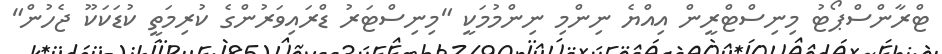
ޓްރާންސްޕޯޓު މިނިސްޓްރީން އިއްޔެ ނިންމި ނިންމުމަކީ "މިނިސްޓަރު ޑްރައިވަރުންގެ ކުރިމަތީ ކުޑަކަކޫ ޖެހުން"